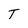
Character: T